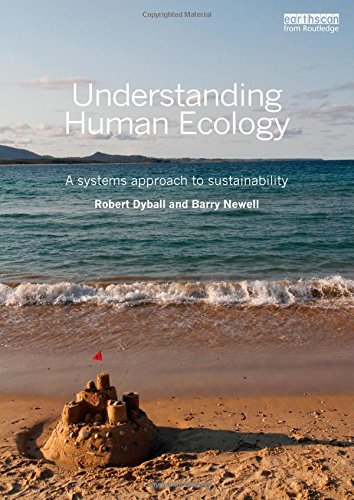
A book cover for Understanding Human Ecology: A systems approach to sustainability; Robert Dyball; Politics & Social Sciences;